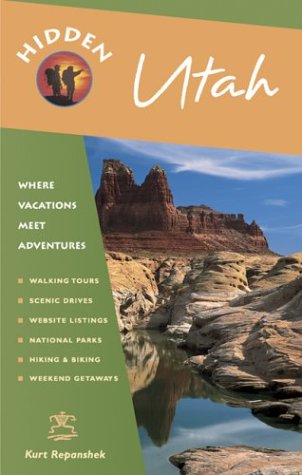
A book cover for Hidden Utah: Including Salt Lake City, Park City, Moab, Arches, Zion, and Bryce Canyon; Kurt Repanshek; Travel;